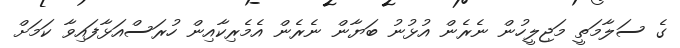
ގެ ސަލާމަތީ މަޖިލީހުން ނެރެން އުޅުނު ބަޔާން ނެރެން އެމެރިކާއިން ހުރަސްއަޅާފައިވާ ކަމަށް